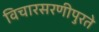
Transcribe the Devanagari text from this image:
विचारसरणीपुरते